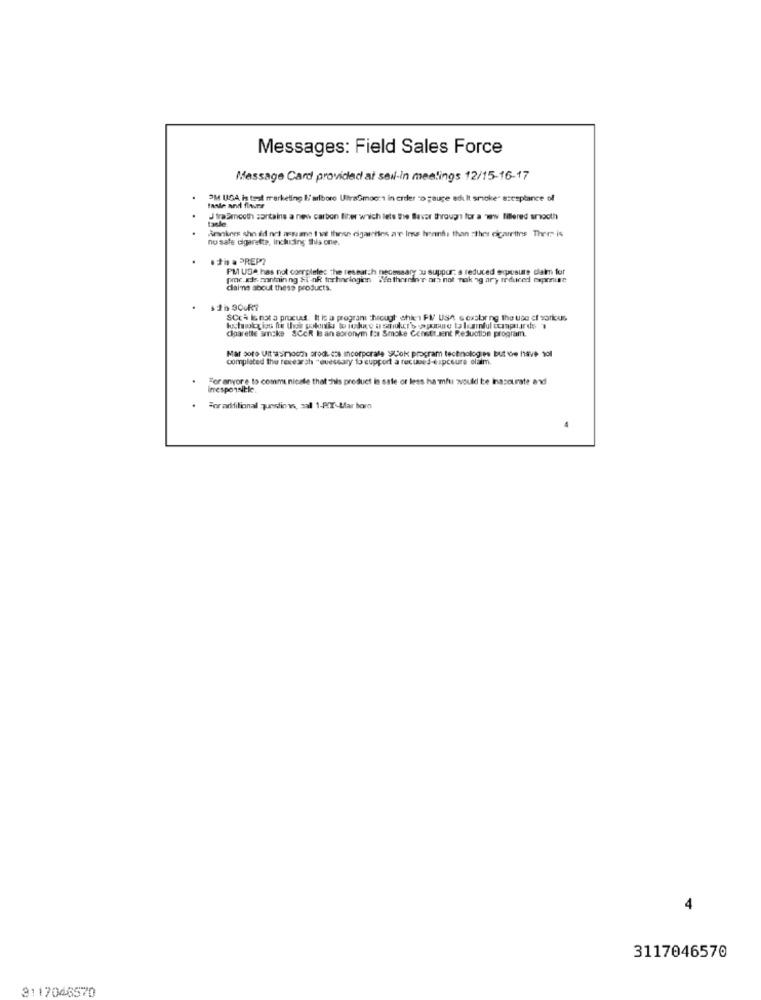
Messages: Field Sales Force
Message Card provided at seil-in meetings 12/15-16-17
OM UGA is tent marketing I'arlboro UltraGmoc:1 in order to gauge edi lt smoke" acceptance of
J traSmooth contains a new carbon fiber which lets the Blavar through for a www fillered smooth
Arnkers she dd not assume that these cigarettes ar Ins hanfs than :thes cigarettes There is
no safe cigarette, including this one.
.* is . PREP?
PM USA has not completes the research necessary au suppur: a reduced exposure claim for
proc.Eks pontain ng &i' nk technologien Wathraninr ar not nak ng ary reduced reprise
dlai'ne about thess products.
SCca I& not a procuss. It is a programi hrough shies FI Ush s castr ng the use of sorius
cigarette amcke &CcR ls an acronym f: Smoke Constituent Reduction program.
Mar soro Ultasimoch orodi cos incorporate Cok program technologies But we have 101
completed the research -euestary to cupport a recuved-eapceure olaim.
For anyore to communicate that This product in sale or less hamfu would be Inaccurate and
imresponsible
For additional questions, sal 1-80-Llar boro
4
4
3117046570
3117046570